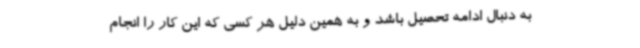
به دنبال ادامه تحصیل باشد و به همین دلیل هر کسی که این کار را انجام